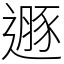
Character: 遯